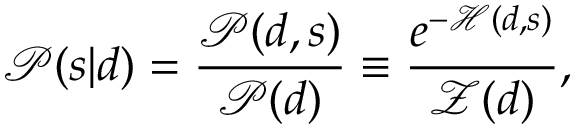
{ \mathcal { P } } ( s | d ) = { \frac { { \mathcal { P } } ( d , s ) } { { \mathcal { P } } ( d ) } } \equiv { \frac { e ^ { - { \mathcal { H } } ( d , s ) } } { { \mathcal { Z } } ( d ) } } ,